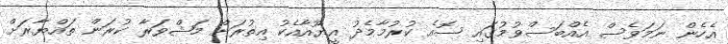
އެހެން ނަމަވެސް އެއްބަސްވުމުގައި ސޮއެ ކުރުމާމެދު އީޔޫއާއެކު އިތުރަށް މަޝްވަރާ ކުރަން ތައްޔާރަށް